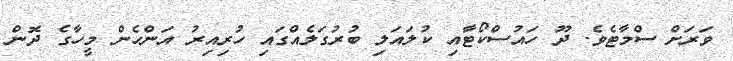
ވަރަށް ސްމާޓެވެ. ދޫ ހައުސްކޯޓާއި ކުލައަލި ބުރުގަލެއްގައި ހުރިއިރު އަންހެން މީހާގެ ދޮން